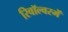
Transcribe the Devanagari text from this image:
रिवॉल्वरमें